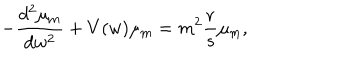
LaTeX: - \frac { d ^ { 2 } \mu _ { \mathrm { m } } } { d w ^ { 2 } } + V ( w ) \mu _ { \mathrm { m } } = m ^ { 2 } \frac { r } { s } \mu _ { \mathrm { m } } ,